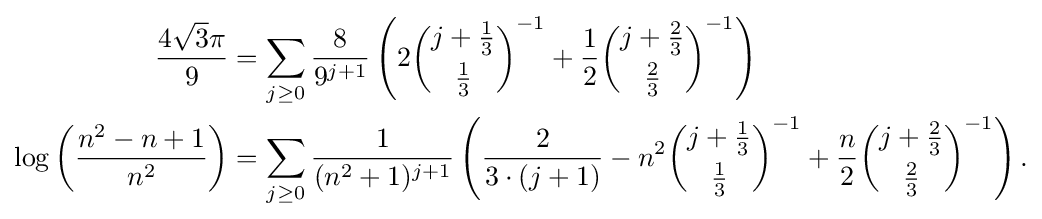
{\begin{aligned}{\frac {4{\sqrt {3}}\pi }{9}}&=\sum _{j\geq 0}{\frac {8}{9^{j+1}}}\left(2{\binom {j+{\frac {1}{3}}}{\frac {1}{3}}}^{-1}+{\frac {1}{2}}{\binom {j+{\frac {2}{3}}}{\frac {2}{3}}}^{-1}\right)\\\log \left({\frac {n^{2}-n+1}{n^{2}}}\right)&=\sum _{j\geq 0}{\frac {1}{(n^{2}+1)^{j+1}}}\left({\frac {2}{3\cdot (j+1)}}-n^{2}{\binom {j+{\frac {1}{3}}}{\frac {1}{3}}}^{-1}+{\frac {n}{2}}{\binom {j+{\frac {2}{3}}}{\frac {2}{3}}}^{-1}\right).\end{aligned}}